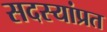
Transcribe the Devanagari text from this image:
सदस्यांप्रत